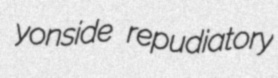
yonside repudiatory